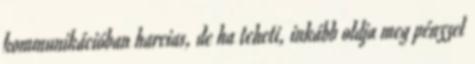
kommunikációban harcias, de ha teheti, inkább oldja meg pénzzel